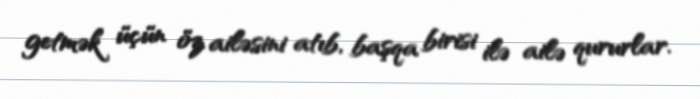
getmək üçün öz ailəsini atıb, başqa birisi ilə ailə qururlar.